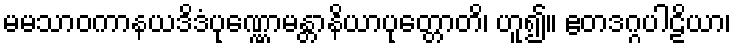
မမသာဝကာနယဒိဒံပုဏ္ဏောမန္တာနိယာပုတ္တောတိ၊ ဟူ၍။ ဧတဒဂ္ဂပါဠိယာ၊